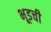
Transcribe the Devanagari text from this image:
भूडची